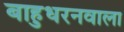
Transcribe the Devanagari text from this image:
बाहुधरनवाला